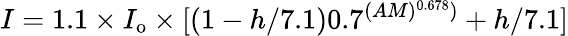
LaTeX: I=1.1\times I_{\mathrm{o}}\times[(1-h/7.1)0.7^{(AM)^{0.678})}+h/7.1]